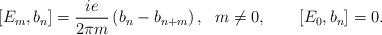
\begin{align*} [E_m, b_n] = \frac{ie}{2 \pi m }\left( b_n - b_{n+m} \right), \ \ m \neq0, \qquad [E_0, b_n]=0.\end{align*}